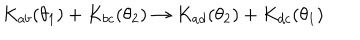
LaTeX: K _ { a b } ( \theta _ { 1 } ) + K _ { b c } ( \theta _ { 2 } ) \rightarrow K _ { a d } ( \theta _ { 2 } ) + K _ { d c } ( \theta _ { 1 } )